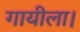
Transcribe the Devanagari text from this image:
गायीला।